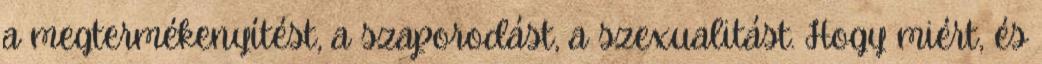
a megtermékenyítést, a szaporodást, a szexualitást. Hogy miért, és